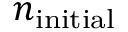
n _ { \mathrm { { i n i t i a l } } }